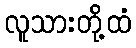
လူသားတို့ထံ